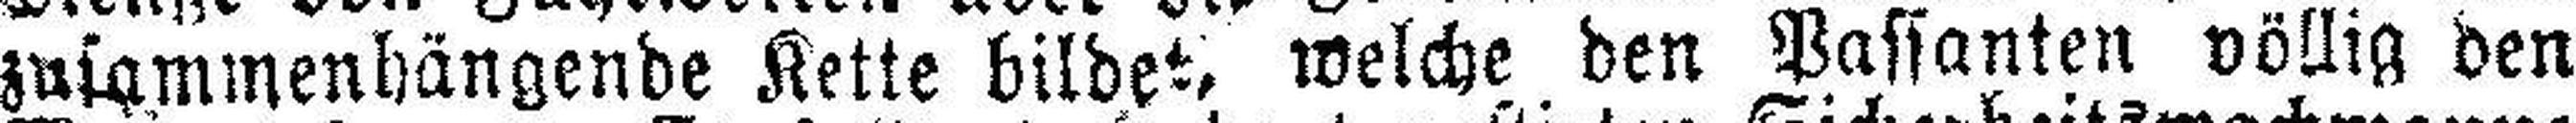
zusammenhängende Kette bildet, welche den Passanten völlig den